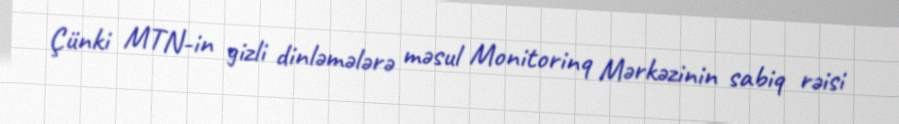
Çünki MTN-in gizli dinləmələrə məsul Monitorinq Mərkəzinin sabiq rəisi